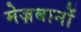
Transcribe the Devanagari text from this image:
मेज़बानों